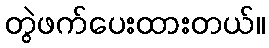
တွဲဖက်ပေးထားတယ်။